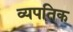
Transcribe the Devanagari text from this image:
व्यपतिक